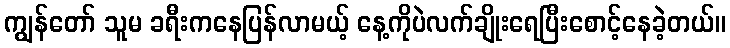
ကျွန်တော် သူမ ခရီးကနေပြန်လာမယ့် နေ့ကိုပဲလက်ချိုးရေပြီးစောင့်နေခဲ့တယ်။